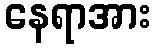
နေရာအား